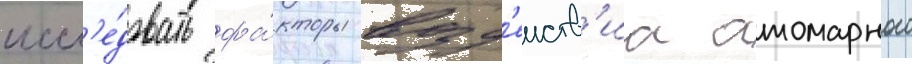
иссл'е́довать фа́кторы возд'еиств'иа атомарного